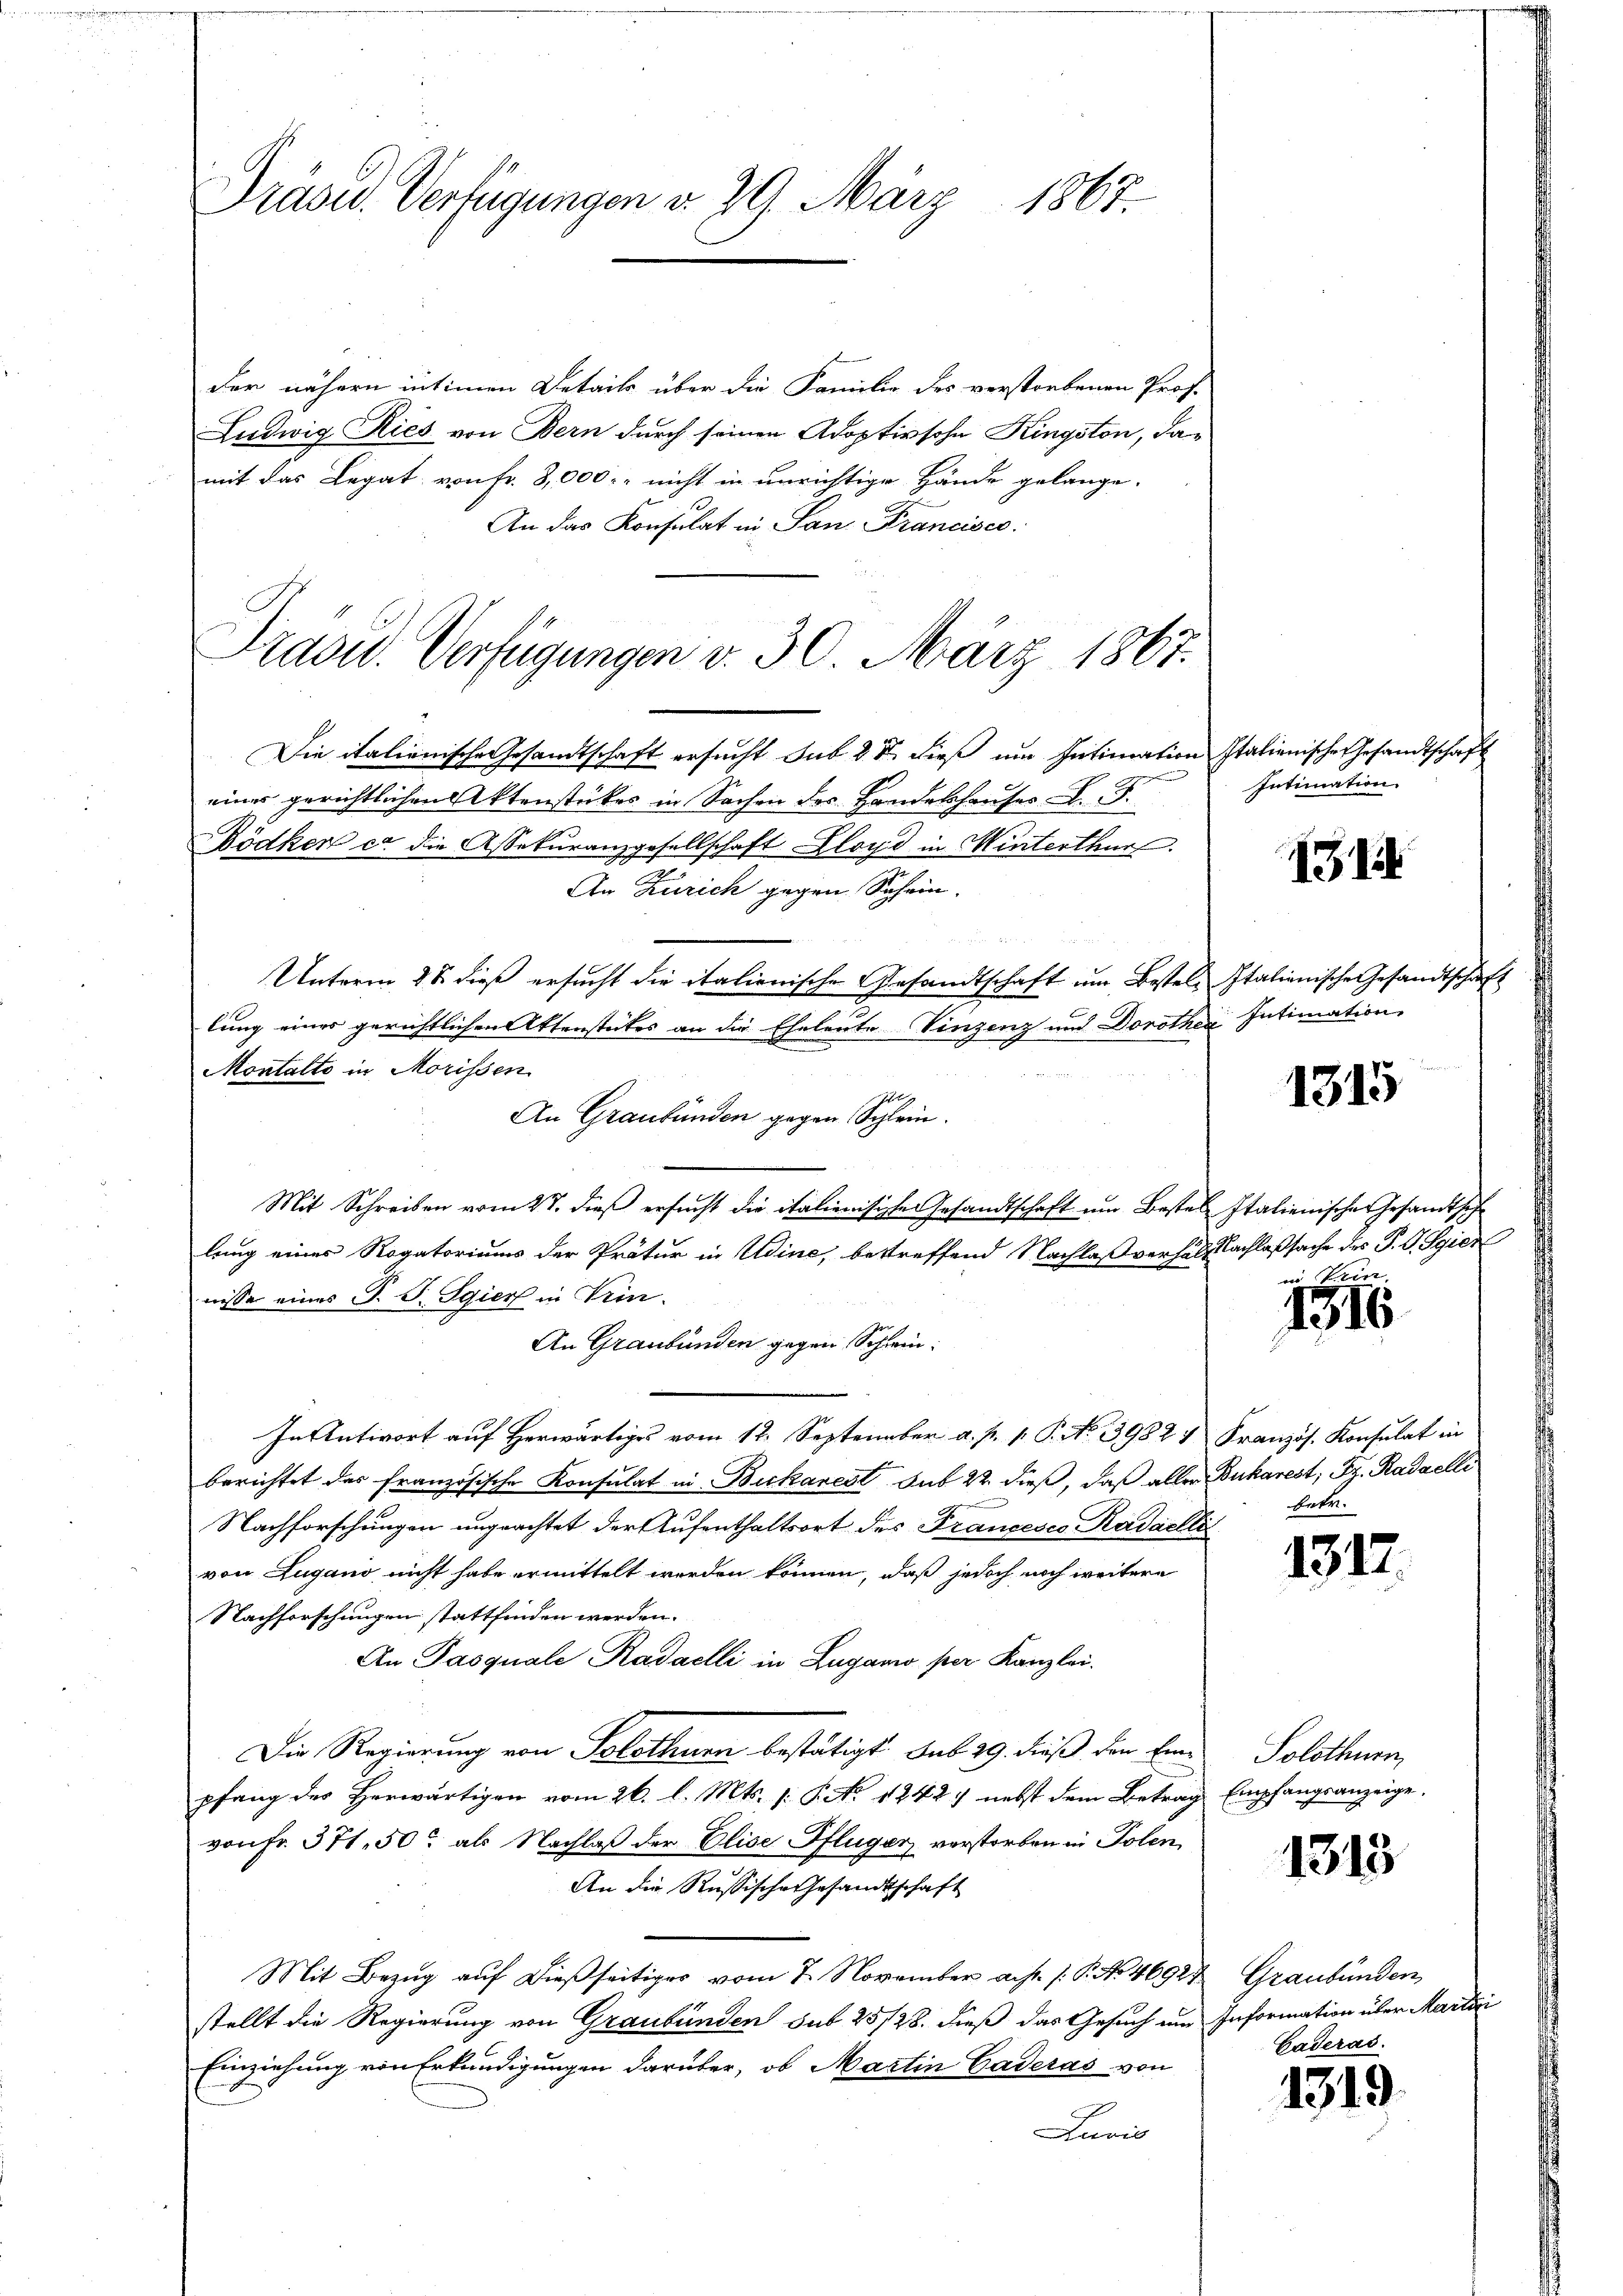
Präsid. Verfügungen d. 29. März 1867.

der nähern intimen Details über die Familie des verstorbenen Prof.
Ludwig Ries von Bern durch seinen Adoptivsohn Kingston, damit das Legat von Fr. 8,000.- nicht in unrichtige Hände gelange-
An das Konsulat in San Francisce
Die italienische Gesandtschaft ersucht sub 2 Dr. dieß um Intimation Italienische Gesandtschaft
einer gerichtlichen Aktenstückes in Sachen des Handelshauses L. F.
Bödker er die Assekuranzgesellschaft Lloyd in Winterthur.
An Zürich gegen Schein.
r
Unterm 28. dieß ersucht die italienische Gesandtschaft um Bestellung eines gerichtlichen Aktenstückes an die Eheleute Vinzenz und Dorother Intimation
Montalte in Morissen
An Graubünden gegen Schlein.
Mit Schreiben vom 27. dieß ersucht die italienischer Gesandtschaft um Bestellung eines Rogatoriums der Prätur in Udine, bestreffend Nachlaßverhält Nachlaßsache des P. G. Sgier
nisse eines J. J. Sgier in Trin
An Graubünden gegen Schwin¬
In Antwort auf herwärtiges vom 12. September a. p. 1. P. No. 39827 Französ. Konsulat in
berichtet der französische Konsulat in Bickarest sub 22. dieß, daß aller Bukarest; Fr. Radaelli
Nachforschungen ungeachtet der Aufenthaltsort des Franceses Kadaelli
von Lugano nicht habe ermittelt werden können, daß jedoch noch weitere
Nachforschungen stattfinden werden.
An Pasquale Kadaelli in Zugano per Kanzlei.
Die Regierung von Solothurn bestätigt. Sub 29. dieß den Einpfang der Herwärtigen vom 26. l. Mts. [: P. No 1242 nebst dem Betrag
von Fr. 371. 50 als Nachlaß der Elise Pflüger verstorben in Polen,
An die Russische Gesandtschaft
Mit Bezug auf dießseitiges vom 7. November a.h. 1. P. No. 46924 Graubünden
stellt die Regierung von Graubünden sub 25/28. dieß das Gesuch um Information über Marti
Einziehung von Erkundigungen darüber, ob Martin Caderas von
Juris

Prasid. Verfügungen v. 30. März 1867.

Intimation.

31

Italienische Gesandtschaft

1315

Italienischen Gesandtsch
in Prin

1316

betr.

1317.

Solothurn,
Empfangsanzeige.

1315

Caderas.

1319